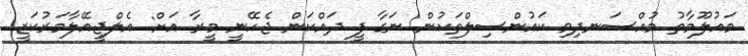
މައުލޫމާތު މުއްސަނދިވި ކައުންސިލްތަކުން ނަގާ ފީ ދައްކަން ޖެހޭނީ މީރާ އަށް: އެލްޖީއޭލާމަރުކަޒީ